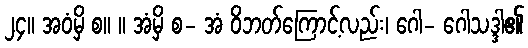
၂၄။ အဝံမှိ စ။ ။ အံမှိ စ- အံ ဝိဘတ်ကြောင့်လည်း၊ ဂေါ- ဂေါသဒ္ဒါ၏